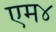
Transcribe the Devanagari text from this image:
एम४